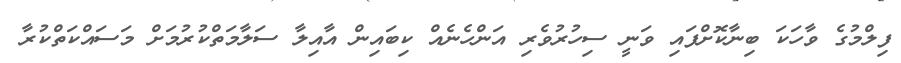
ފިލްމުގެ ވާހަކަ ބިނާކޮށްފައި ވަނީ ސިހުރުވެރި އަންހެނެއް ކިބައިން އާއިލާ ސަލާމަތްކުރުމަށް މަސައްކަތްކުރާ